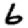
Digit: 6